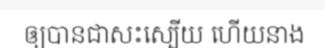
ឲ្យបានជាសះស្បើយ ហើយនាង